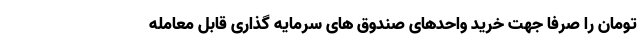
تومان را صرفاً جهت خرید واحدهای صندوق های سرمایه گذاری قابل معامله